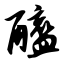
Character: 醯